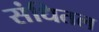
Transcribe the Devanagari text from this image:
संधितल